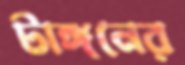
টাঙ্গনের